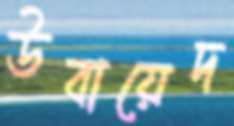
উবায়েদ